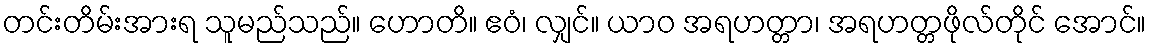
တင်းတိမ်းအားရ သူမည်သည်။ ဟောတိ။ ဧဝံ၊ လျှင်။ ယာဝ အရဟတ္တာ၊ အရဟတ္တဖိုလ်တိုင် အောင်။